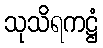
သုသိရကဋ္ဌံ